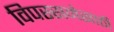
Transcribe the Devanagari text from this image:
विपस्सनेसाठी